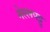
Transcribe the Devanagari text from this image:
नेल्‍लपट्टु